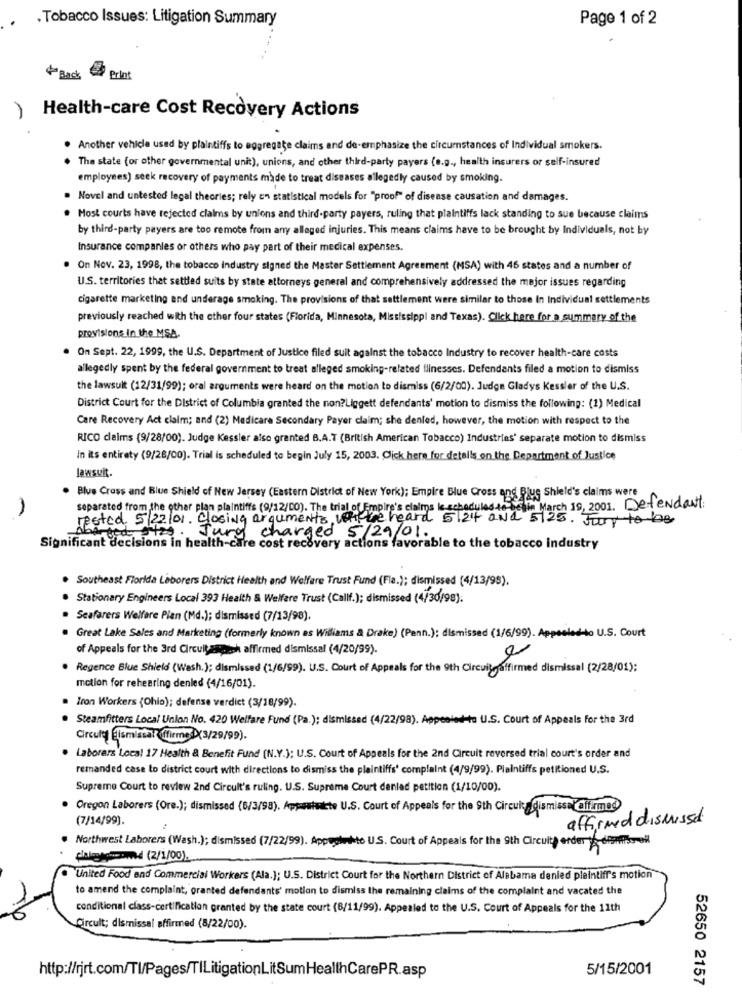
. Tobacco Issues: Litigation Summary
Page 1 of 2
+ Back
Print
Health-care Cost Recovery Actions
. Another vehicle used by plaintiffs to aggregate claims and de-emphasize the circumstances of Individual smokers.
The state (or other governmental unit), unions, and other third-party payers (e.g ., health insurers or self-insured
employees) seek recovery of payments made to treat diseases allegedly caused by smoking.
. Novel and untested legal theories; rely en statistical models for "proof" of disease causation and damages.
Most courts have rejected claims by unions and third-party payers, ruling that plaintiffs lack standing to sue because claims
by third-party payers are too remote from any alleged injuries. This means claims have to be brought by Individuals, not by
Insurance companies or others who pay part of their medical expenses.
On Nov. 23, 1998, the tobacco industry signed the Master Settlement Agreement (MSA) with 46 states and a number of
U.S. territories thet settled suits by state attorneys general and comprehensively addressed the major issues regarding
cigarette marketing and underage smoking. The provisions of that settlement were similar to those In Individual settlements
previously reached with the other four states (Florida, Minnesota, Mississippi and Texas). Click here for a summary of the
provisions in the MSA.
On Sept. 22, 1999, the U.S. Department of Justice filed suit against the tobacco Industry to recover health-care costs
allegedly spent by the federal government to treat alleged smoking-related illnesses. Defendants filed a motion to dismiss
the lawsuit (12/31/99); oral arguments were heard on the motion to dismiss (6/2/00). Judge Gladys Kessler of the U.S.
District Court for the District of Columbia granted the non?Liggett defendants' motion to dismiss the following: (1) Medical
Care Recovery Act claim; and (2) Medicare Secondary Payer claim; she denled, however, the motion with respect to the
RICO claims (9/28/00). Judge Kessler also granted B.A.T (British American Tobacco) Industries' separate motion to dismiss
In its entirety (9/28/00). Trial is scheduled to begin July 15, 2003. Click here for details on the Department of Justice
lawsuit.
. Blue Cross and Blue Shield of New Jersey (Eastern District of New York); Empire Blue Cross and Blue Shield's claims were
separated from the other plan plaintiffs (9/12/00). The trial of Empire's claims le scheduled to begin March 19, 2001. Defendant:
rested 5/22/01. Closing arguments waffe heard 5 12' and 5125. For to be
Feed sites . Jury charged 5/29/01.
Significant decisions in health-care cost recovery actions favorable to the tobacco industry
Southeast Florida Laborers District Health and Welfare Trust Fund (Fla.); dismissed (4/13/98).
. Stationary Engineers Local 393 Health & Welfare Trust (Callf.); dismissed (4/30/98).
· Seafarers Welfare Plan (Md.); dismissed (7/13/98).
Great Lake Sales and Marketing (formerly known as Williams & Drake) (Penn.): dismissed (1/6/99). Appealed-lo U.S. Court
of Appeals for the 3rd Circuitaspach affirmed dismissal (4/20/99).
. Regence Blue Shield (Wash.); dismissed (1/6/99). U.S. Court of Appeals for the 9th Circuitaffirmed dismissal (2/28/01):
motion for rehearing denled (4/16/01).
. Iron Workers {Ohio); defense verdict (3/18/99).
. Steamfitters Local Union No. 420 Welfare Fund (Pa.); dismissed (4/22/98). Appealed-to U.S. Court of Appeals for the 3rd
Circula Dismissal firme (3/29/99).
. Laborers Local 17 Health & Benefit Fund (N.Y.); U.S. Court of Appeals for the 2nd Circuit reversed trial court's order and
remanded case to district court with directions to dismiss the plaintiffs' complaint (4/9/99). Plaintiffs petitioned U.S.
Supreme Court to review 2nd Circult's ruling. U.S. Supreme Court denlad petition (1/10/00).
Oregon Laborers (Ore.); dismissed (6/3/98). Appuisacte U.S. Court of Appeals for the 9th Circuit dismissal difrmed
(7/14/99).
affirmed dismissed
. Northwest Laborers (Wash.); dismissed (7/22/99). Appepinto U.S. Court of Appeals for the 9th Circuit) erder - diario ell
chaletcomnd (2/1/00).
United Food and Commercial Workers (Ala.]; U.S. District Court for the Northern District of Alabama denied plaintiff's motion
to amend the complaint, granted defendants' motion to dismiss the remaining claims of the complaint and vacated the
conditional class-certification granted by the state court (8/11/99). Appealed to the U.S. Court of Appeals for the 11th
Circult; dismissal affirmed (8/22/00).
5/15/2001
http://rjrt.com/Tl/Pages/TILitigationLitSumHealthCarePR.asp
52650 2157